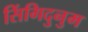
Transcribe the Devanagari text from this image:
सिंगिदुनुम